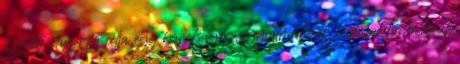
üzenete vagy fő célja egy barátságos, együttműködő kapcsolaton alapul